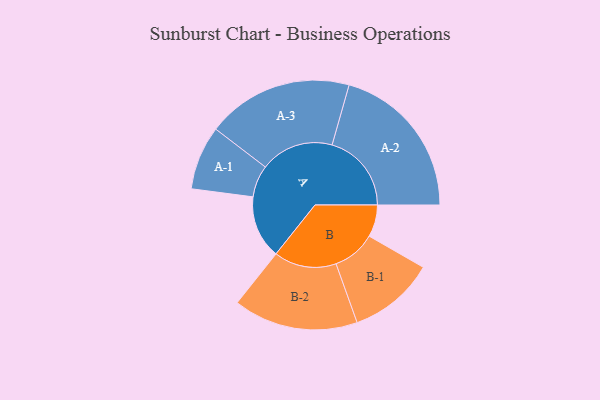
{"axis": {"x": "Segment", "y": "Value"}, "legend": ["", "A", "B"], "data": [{"x": "A", "y": 197, "type": ""}, {"x": "B", "y": 100, "type": ""}, {"x": "A-1", "y": 100, "type": "A"}, {"x": "A-2", "y": 248, "type": "A"}, {"x": "A-3", "y": 229, "type": "A"}, {"x": "B-1", "y": 135, "type": "B"}, {"x": "B-2", "y": 195, "type": "B"}]}